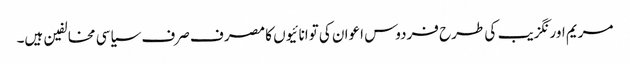
مریم اورنگزیب کی طرح فردوس اعوان کی توانائیوں کا مصرف صرف سیاسی مخالفین ہیں۔